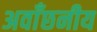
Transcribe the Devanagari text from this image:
अवाँछनीय